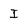
Character: I